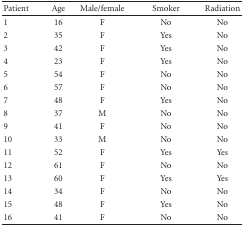
| Patient | Age | Male/female | Smoker | Radiation |
 | --- | --- | --- | --- | --- |
 | 1 | 16 | F | No | No |
 | 2 | 35 | F | Yes | No |
 | 3 | 42 | F | Yes | No |
 | 4 | 23 | F | Yes | No |
 | 5 | 54 | F | No | No |
 | 6 | 57 | F | No | No |
 | 7 | 48 | F | Yes | No |
 | 8 | 37 | M | No | No |
 | 9 | 41 | F | No | No |
 | 10 | 33 | M | No | No |
 | 11 | 52 | F | Yes | Yes |
 | 12 | 61 | F | No | No |
 | 13 | 60 | F | Yes | Yes |
 | 14 | 34 | F | No | No |
 | 15 | 48 | F | Yes | No |
 | 16 | 41 | F | No | No |